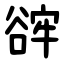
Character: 䜮